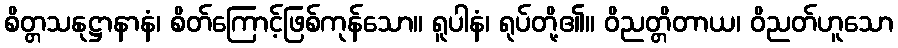
စိတ္တသနုဋ္ဌာနာနံ၊ စိတ်ကြောင့်ဖြစ်ကုန်သော။ ရူပါနံ၊ ရုပ်တို့၏။ ဝိညတ္တိတာယ၊ ဝိညတ်ဟူသော